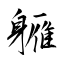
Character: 軅